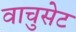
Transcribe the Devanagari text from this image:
वाचुसेट